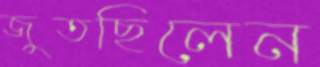
জুতছিলেন